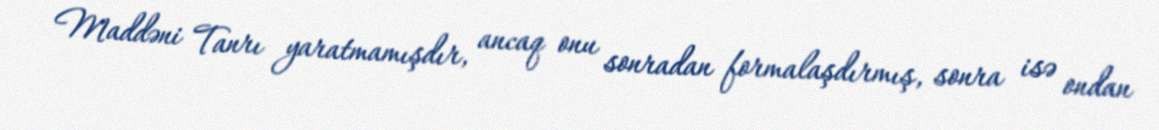
Maddəni Tanrı yaratmamışdır, ancaq onu sonradan formalaşdırmış, sonra isə ondan